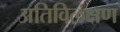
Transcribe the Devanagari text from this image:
अतिविलक्षण